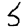
Digit: 5